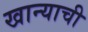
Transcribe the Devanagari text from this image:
खान्याची